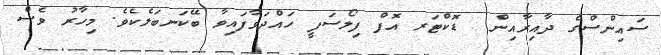
ސައިންސްގެ ދާއިރާއިން  ޑޮކްޓަރ އޮފް ފިލޯސަފީ ހައްދަވާފައިވާ ބޭކަނބަލެކެވެ. މިހާރު ވެސް